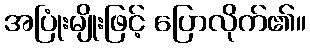
အပြုံးမျိုးဖြင့် ပြောလိုက်၏။